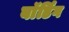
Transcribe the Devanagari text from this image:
बाॅर्डिंग